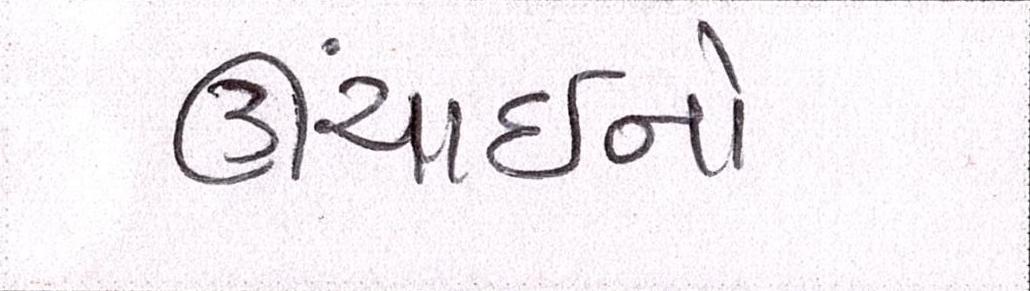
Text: ઊંચાઈનો